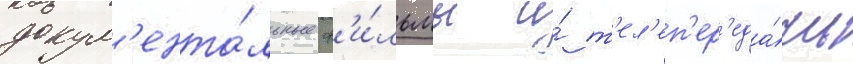
докум'ента́льные ф'и́льмы и́ т'ел'еп'ер'еда́чи